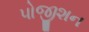
પોજીશન